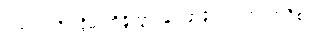
ပထဝိံ၊ ကို။ ဒွိဓာဘိန္ဒိတွာ၊ နှစ်ဖြာခွဲ၍။ ယာဝအဝီစိံ၊